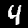
Label: 4